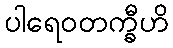
ပါရေဝတက္ခီဟိ